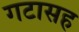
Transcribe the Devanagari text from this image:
गटासह